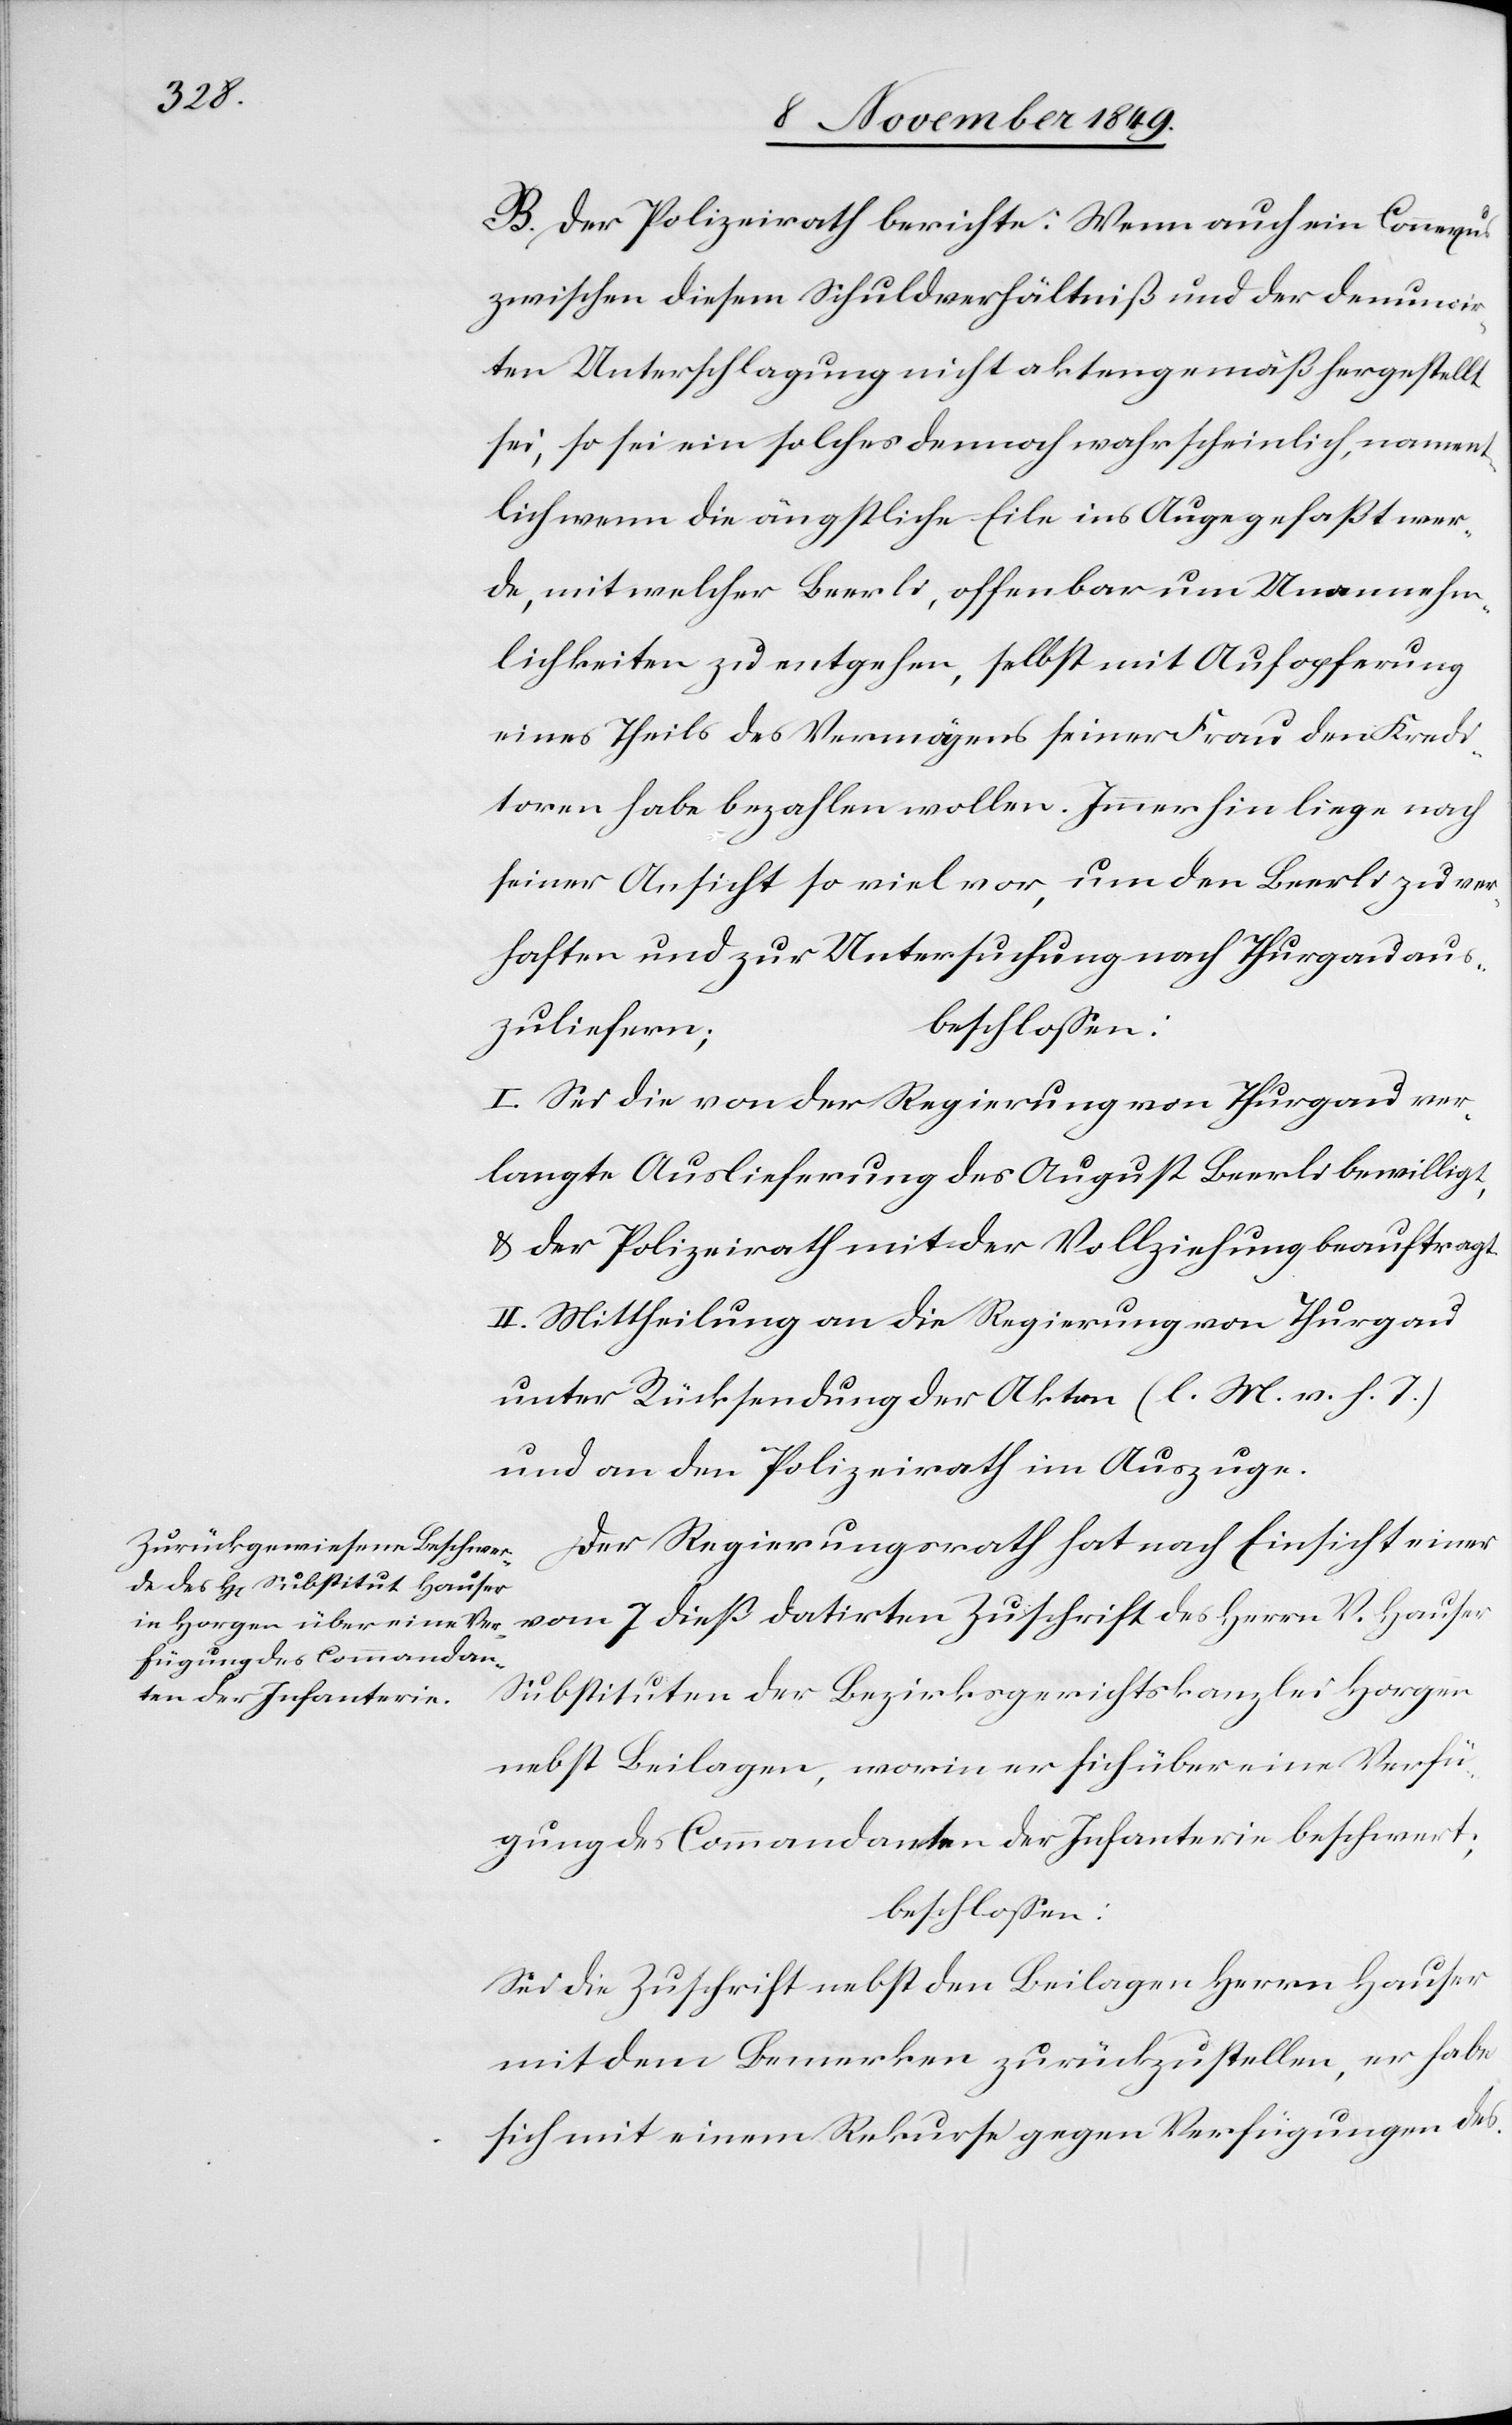
B. Der Polizeirath berichte: Wenn auch ein Connexus
zwischen diesem Schuldverhältniß und der denuncir¬
ten Unterschlagung nicht aktengemäß hergestellt
sei, so sei ein solches dennoch wahrscheinlich, namen¬
tlich wenn die ängstliche Eile ins Auge gefaßt wer¬
de, mit welcher Beerli, offenbar um Unannehm¬
lichkeiten zu entgehen, selbst mit Aufopferung
eines Theils des Vermögens seiner Frau den Kredi¬
toren habe bezahlen wollen. Immerhin liege nach
seiner Ansicht so viel vor, um den Beerli zu ver¬
haften und zur Untersuchung nach Thurgau aus¬
zuliefern;	b¬
beschloßen:
I. Sei die von der Regierung von Thurgau ver¬
langte Auslieferung des August Beerli bewilligt,
u. der Polizeirath mit der Vollziehung beauftragt.
II. Mittheilung an die Regierung von Thurgau
unter Rücksendung der Akten [l. M. v. h. T]
und an den Polizeirath im Auszuge.
Der Regierungsrath hat nach Einsicht einer
nebst Beilagen, worin er sich über eine Verfü¬
gung des Commandanten der Infanterie beschwert;
Sei die Zuschrift nebst den Beilagen Herrn Hauser
mit dem Bemerken zurückzustellen, er habe
sich mit einem Rekurse gegen Verfügungen des